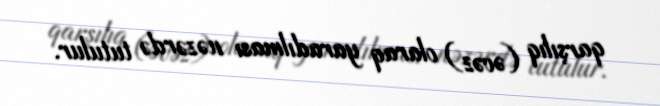
qarşılıq (əvəz) olaraq yaradılması nəzərdə tutulur.